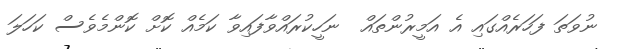
ނުވަތަ ފަހަރެއްގައި އެ އަމީރުންތައް  ނަހީކުރައްވާފައިވާ ކަމެއް ކޮށް ކޮންމެވެސް ކަހަލަ